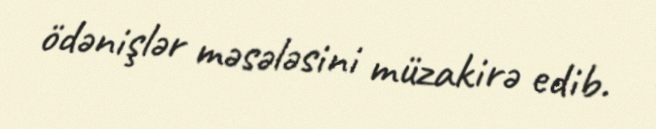
ödənişlər məsələsini müzakirə edib.